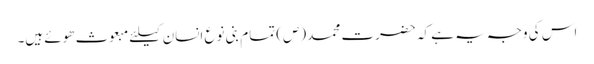
اس کی وجہ یہ ہے کہ حضرت محمد (ص) تمام بنی نوع انسان کیلئے مبعوث ھوئے ہیں۔